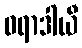
ဝရာဒါယီ